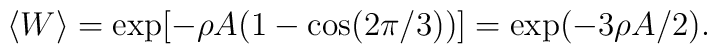
\langle W \rangle = \exp [-\rho A(1-\cos(2\pi /3))]=\exp(-3\rho A/2).